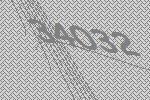
34032